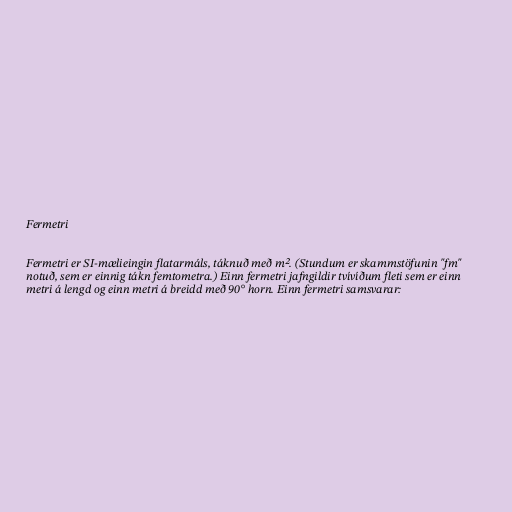
Fermetri

Fermetri er SI-mælieingin flatarmáls, táknuð með m². (Stundum er skammstöfunin "fm"
notuð, sem er einnig tákn femtometra.) Einn fermetri jafngildir tvívíðum fleti sem er einn
metri á lengd og einn metri á breidd með 90° horn. Einn fermetri samsvarar: